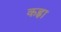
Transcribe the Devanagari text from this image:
कह्ना